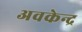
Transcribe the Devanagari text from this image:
अवकेन्द्र